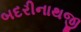
બદરીનાથજી